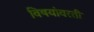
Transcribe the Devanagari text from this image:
विषयांवरती